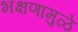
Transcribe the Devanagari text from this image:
भक्षणामुळे